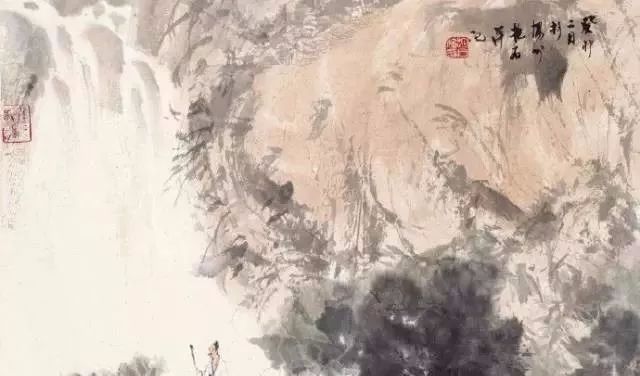
逝者如斯夫！不舍昼夜。